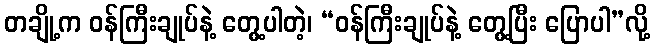
တချို့က ဝန်ကြီးချုပ်နဲ့ တွေ့ပါတဲ့၊ “ဝန်ကြီးချုပ်နဲ့ တွေ့ပြီး ပြောပါ”လို့